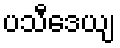
ပသီဒေယျ